Madras plague regulations and rules for district municipalities and other towns and villages
Disease focus: Plague
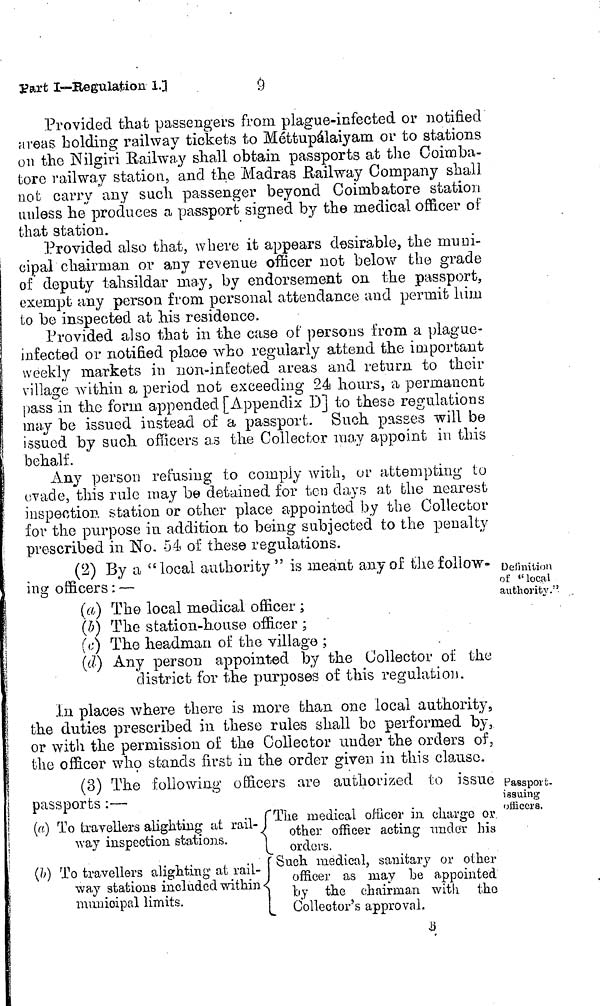
9
Part I—Begulation 1.3
Provided that passengers from plague-infected or notified
areas holding railway tickets to Méttupálaiyam or to stations
on the Nilgiri Railway shall obtain passports at the Coimba-
tore railway station, and the Madras Railway Company shall
not carry any such passenger beyond Coimbatore station
unless he produces a passport signed by the medical officer of
that station.
Provided also that, where it appears desirable, the muni-
cipal chairman or any revenue officer not below the grade
of deputy tahsildar may, by endorsement on the passport,
exempt any person from personal attendance and permit him
to be inspected at his residence.
Provided also that in the case of persons from a plague-
infected or notified place who regularly attend the important
weekly markets in non-infected areas and return to their
village within a period not exceeding 24 hours, a permanent
pass in the form appended [Appendix D] to these régulations
may be issued instead of a passport. Such passes will be
issued by such officers as the Collector may appoint in this
behalf.
Any person refusing to comply with, or attempting tu
evade, this rule may be detained for ten days at the nearest
inspection station or other place appointed by the Collector
for the purpose in. addition to being subjected to the penalty
prescribed in No. 54 of these regulations.
Definition
of 'local
authority."
(2) By a "local authority " is meant any of the follow-
ing officers : —
(a) The local medical officer ;
(b) The station-house officer ;
(c) The headman of the village ;
(d) Any person appointed by the Collector of the
district for the purposes of this regulation.
In places where there is more than one local authority,
the duties prescribed in these rules shall be performed by,
or with the permission of the Collector under the orders of,
the officer who stands first in the order given in this clause.
Passport-
issuing
officers.
(3) The following officers are authorized to issue
passports :—
WC. t O
(a)
(b)
IJIJUJL UO .
To travellers alighting at rail-
way inspection stations.
To travellers alighting at rail-
way stations included within
municipal limits.
f
1
The medical officer in. charge or
other officer acting 1 und or his
orders.
Such medical, sanitary or other
officer as may be appointed
l»y the chairman with the
Collector's approval.